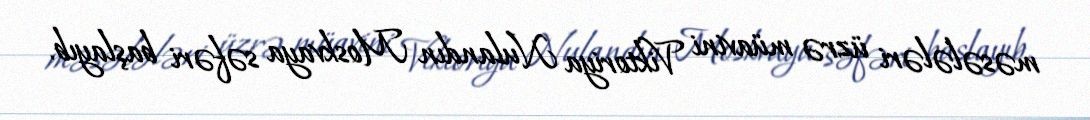
məsələləri üzrə müavini Viktoriya Nulandın Moskvaya səfəri başlayıb.